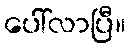
ပေါ်လာပြီ။